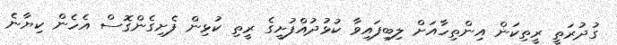
ގުދުރަތީ ރީތިކަން އިންތިހާއަށް ލިބިފައިވާ ކުޅުދުއްފުށީގެ ރީތި ކުޅިން ފެށިގެންގޮސް އެހެން ކިޔާނެ